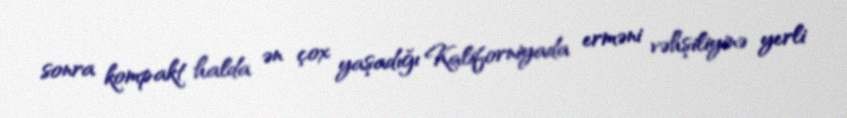
sonra kompakt halda ən çox yaşadığı Kaliforniyada erməni vəhşiliyinə yerli